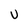
Character: U